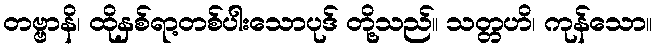
တဗ္ဗာနိ၊ ထိုနှစ်ရာ့တစ်ပါးသောပုဒ် တို့သည်။ သတ္တဟိ၊ ကုန်သော။